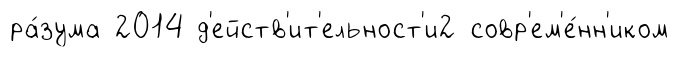
ра́зума 2014 д'ейств'ит'ельност'и2 совр'ем'е́нн'иком